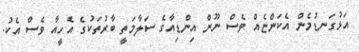
އަޅުގަނޑުމެން އެކަންޏެއް ވެސް ނޫން އިންޑިއާގެ ސަލާމަތީ ބާރުތަކުގެ އެހީއާ ވެސް އެކު.